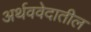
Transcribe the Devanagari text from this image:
अर्थववेदातील